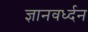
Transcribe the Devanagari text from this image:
ज्ञानवर्ध्दन